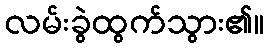
လမ်းခွဲထွက်သွား၏။